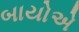
બાયોએ